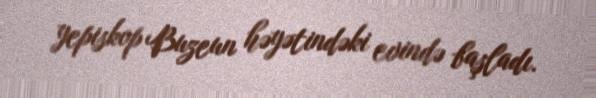
yepiskop Buzeun həyətindəki evində başladı.